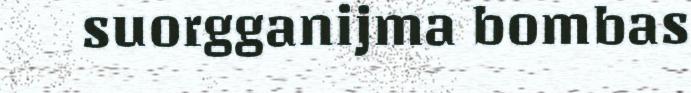
suorgganijma bombas